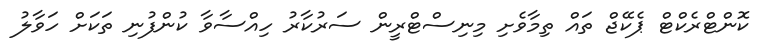
ކޮންޓްރެކްޓް ޕެކޭޖް ތައް ތިމާވެށި މިނިސްޓްރީން ސަރުކާރު ހިއްސާވާ ކުންފުނި ތަކަށް ހަވާލު